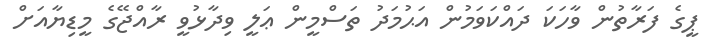
ޕީގެ ފަރާތުން ވާހަކަ ދައްކަވަމުން އަޙުމަދު ތަސްމީން ޢަލީ ވިދާޅުވީ ރާއްޖޭގެ މީޑިޔާއަށް